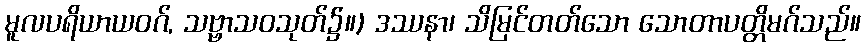
မူလပရိယာယဝဂ်, သဗ္ဗာသဝသုတ်၌။) ဒဿနာ၊ သိမြင်တတ်သော သောတာပတ္တိမဂ်သည်။